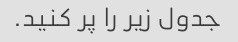
جدول زیر را پر کنید.